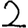
Digit: 2